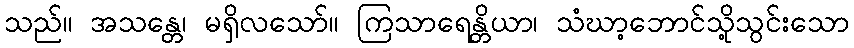
သည်။ အသန္တေ၊ မရှိလသော်။ ကြသာရေန္တိယာ၊ သံဃာ့ဘောင်သို့သွင်းသော